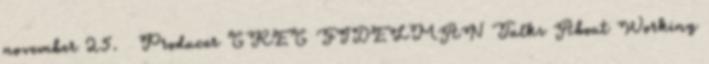
november 25. ↑ Producer GREG FIDELMAN Talks About Working